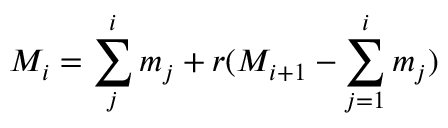
M _ { i } = \sum _ { j } ^ { i } m _ { j } + r ( M _ { i + 1 } - \sum _ { j = 1 } ^ { i } m _ { j } )